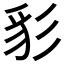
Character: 𰐩